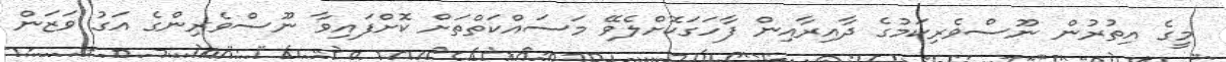
މީގެ އިތުރުން ނޫސްވެރިކަމުގެ ދާއިރާއިން ފާހަގަކޮށްލެވޭ މަސައްކަތްތަށް ކޮށްފައިވާ ނޫސްވެރިންގެ އަގު ވަޒަން